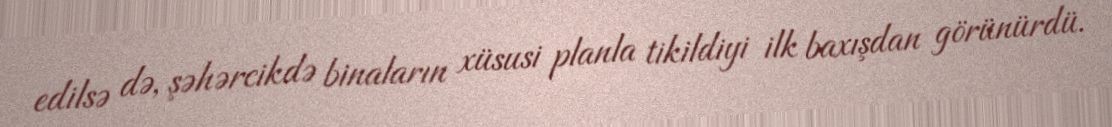
edilsə də, şəhərcikdə binaların xüsusi planla tikildiyi ilk baxışdan görünürdü.